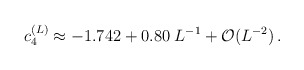
\begin{align*}c_4^{(L)} \approx -1.742 + 0.80 \;L^{-1} +{\cal O} (L^{-2})\,.\end{align*}